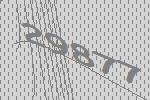
29877